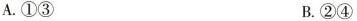
A.①③ B.②④